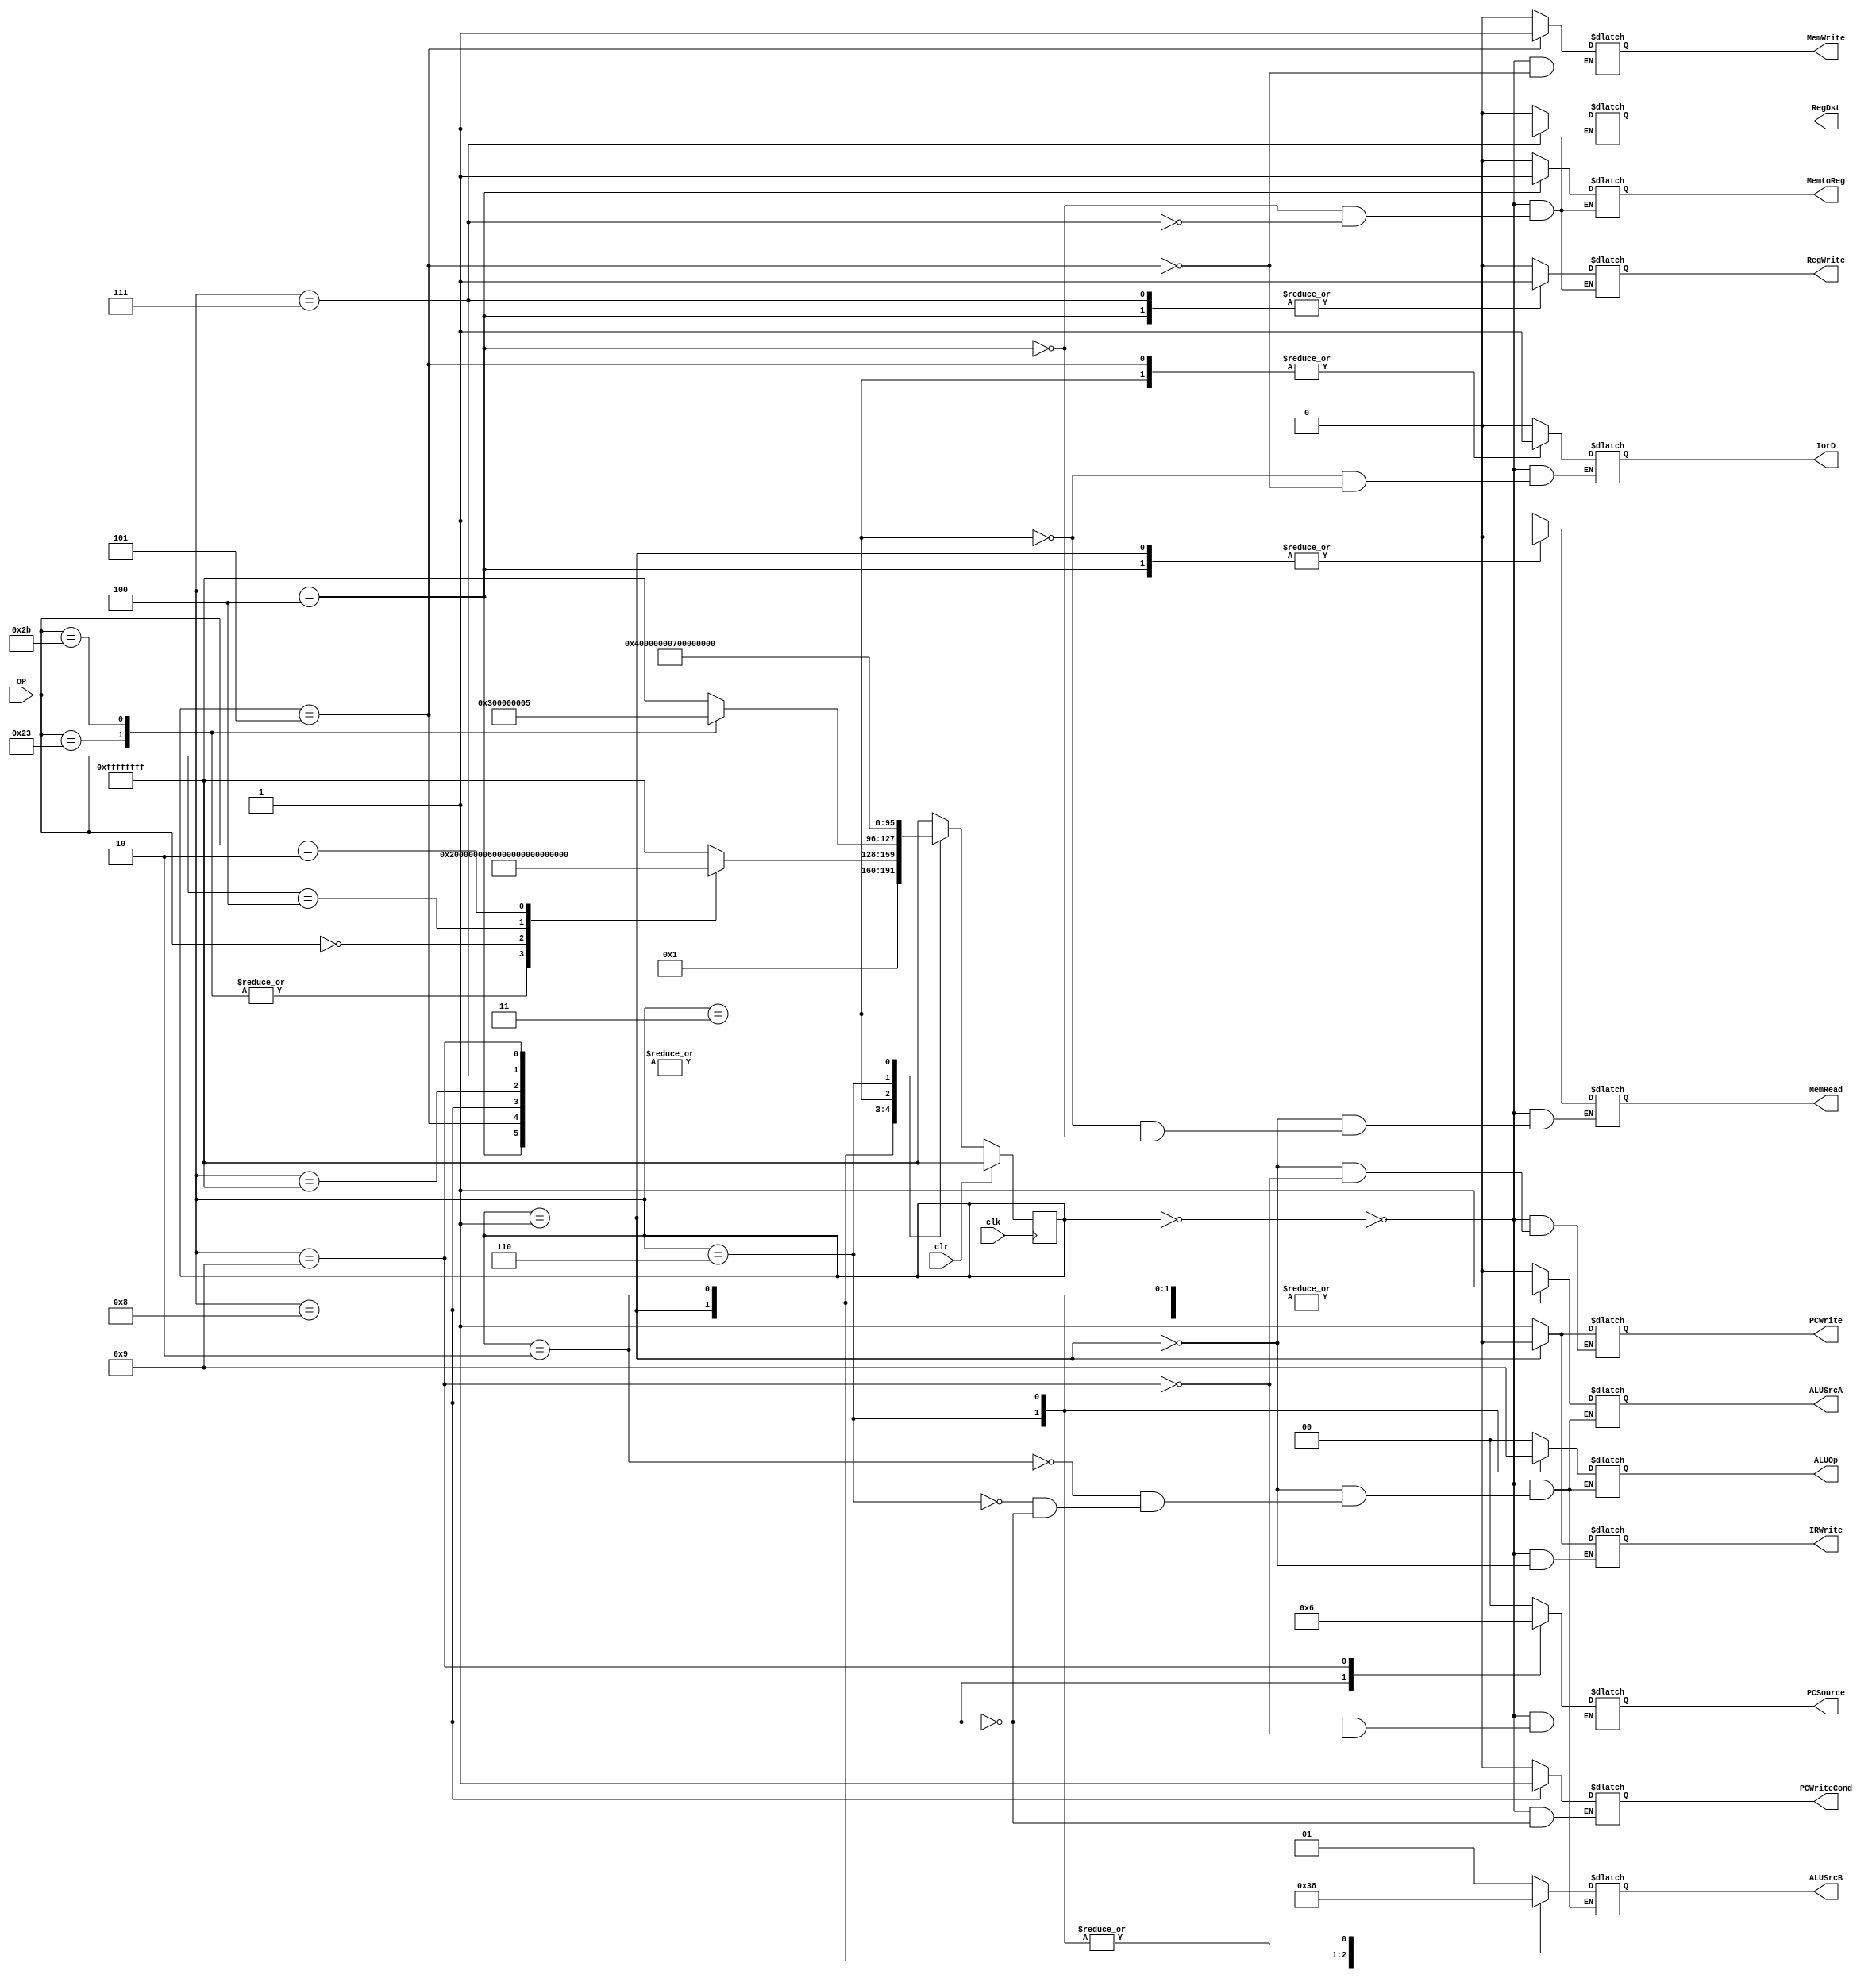
module mcu(clk, clr, OP, PCWriteCond, PCWrite, IorD, MemRead, MemWrite, MemtoReg, IRWrite, PCSource, ALUOp, ALUSrcB, ALUSrcA, RegWrite, RegDst);
input clk, clr;
input [5:0] OP;
output PCWriteCond, PCWrite, IorD, MemRead, MemWrite, MemtoReg, IRWrite, ALUSrcA, RegWrite, RegDst;
reg PCWriteCond, PCWrite, IorD, MemRead, MemWrite, MemtoReg, IRWrite, ALUSrcA, RegWrite, RegDst;
output [1:0] PCSource, ALUOp, ALUSrcB;
reg [1:0] PCSource, ALUOp, ALUSrcB;

//reg [3:0] current_state;
//reg [3:0] next_state;

integer current_state;
integer next_state;


always @(current_state)
begin
	case(current_state)
	0: 
	begin
		IorD		= 0;
		MemRead		= 1;
		MemWrite	= 0;
		IRWrite		= 1;
		ALUSrcA		= 0;
		ALUSrcB		= 2'b01;
		ALUOp		= 2'b00;
		PCWrite		= 1;
		PCWriteCond	= 0;
		RegWrite	= 0;
		MemtoReg	= 0;
		RegDst		= 0;

		#3;
		PCSource	= 2'b00;
		
	end
		
	1:
		begin	
			ALUSrcA	= 0;
			ALUSrcB	= 2'b11;
			ALUOp	= 2'b00;
			
			IRWrite	= 0;
			MemRead	= 0;

			PCWrite	= #1 0;
		end

	2:
		begin
			ALUSrcA	= 1;
			ALUSrcB	= 2'b10;
			ALUOp	= 2'b00;
		end

	3:
		begin
			IorD	= 1;
			MemRead	= 1;
		end

	4:
		begin
			MemtoReg	= 1;
			RegDst		= 0;
			RegWrite	= 1;
			MemRead		= 0;
		end

	5:
		begin
			IorD		= 1;
			MemWrite	= 1;
		end

	6:
	begin
		ALUSrcA	= 1;
		ALUSrcB	= 2'b00;
		ALUOp	= 2'b10;
	end

	7:
	begin
		RegDst		= 1;
		RegWrite	= 1;
		MemtoReg	= 0;
	end

	8:
	begin
		ALUSrcA		= 1;
		ALUSrcB		= 2'b00;
		ALUOp		= 2'b01;
		PCSource	= 2'b01;
		PCWriteCond	= 1;
	end

	9:
	begin
		PCSource	= 2'b10;
		PCWrite		= 1;
	end

	endcase
end

always @(posedge clk)
begin
	//if (clr	== 1'b0)
	if (clr	== 1'b1)
		current_state	= -1;
	else
		current_state	= next_state;
end

always @(current_state or OP)
begin
	next_state	= -1;
	case (current_state)
	-1: next_state	= 0;
	
	0: next_state	= 1;

	1:
	begin
	case (OP)
	6'b100011: next_state	= 2;
	6'b101011: next_state	= 2;
	0:			next_state	= 6;
	4:			next_state	= 8;
	2:			next_state	= 9;
	endcase
	end
	
	2:
	begin
	case (OP)
	6'b100011: next_state	= 3;
	6'b101011: next_state	= 5;
	endcase
	end

	3: next_state	= 4;
	4: next_state	= 0;
	5: next_state	= 0;
	6: next_state	= 7;
	7: next_state	= 0;
	8: next_state	= 0;
	9: next_state	= 0;

	default:
		next_state	= -1;
	endcase
		
end

endmodule